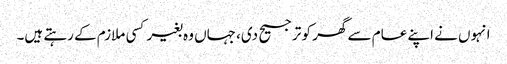
انہوں نے اپنے عام سے گھر کو ترجیح دی، جہاں وہ بغیر کسی ملازم کے رہتے ہیں۔